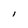
Character: I